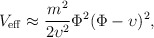
\begin{align*}V_{\rm eff} \approx \frac{m^2}{2 \upsilon^2} \Phi^2 (\Phi-\upsilon)^2,\end{align*}